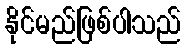
နိုင်မည်ဖြစ်ပါသည်